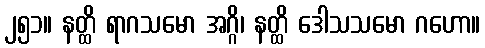
၂၅၁။ နတ္ထိ ရာဂသမော အဂ္ဂိ၊ နတ္ထိ ဒေါသသမော ဂဟော။